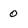
Character: 0